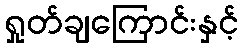
ရှုတ်ချကြောင်းနှင့်